Report on vaccination in Madras 1895-1903 - 1895-1903
Year: 1895
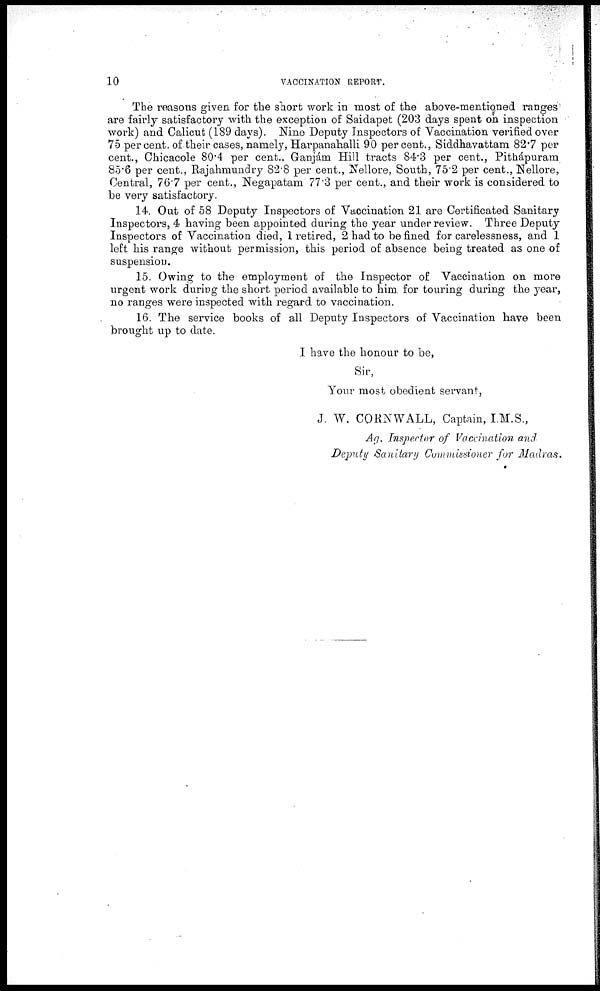
10
VACCINATION REPORT.
The reasons given for the short work in most of the above-mentioned ranges
are fairly satisfactory with the exception of Saidapet (203 days spent on inspection
work) and Calicut (189 days). Nine Deputy Inspectors of Vaccination verified over
75 per cent. of their cases, namely, Harpanahalli 90 per cent., Siddhavattam 82.7 per
cent., Chicacole 80.4 per cent., Ganjám Hill tracts 84.3 per cent., Pithápuram
85.6 per cent., Rajahmundry 82.8 per cent., Nellore, South, 75.2 per cent., Nellore,
Central, 76.7 per cent., Negapatam 77.3 per cent., and their work is considered to
be very satisfactory.
14. Out of 58 Deputy Inspectors of Vaccination 21 are Certificated Sanitary
Inspectors, 4 having been appointed during the year under review. Three Deputy
Inspectors of Vaccination died, 1 retired, 2 had to be fined for carelessness, and 1
left his range without permission, this period of absence being treated as one of
suspension.
15. Owing to the employment of the Inspector of Vaccination on more
urgent work during the short period available to him for touring during the year,
no ranges were inspected with regard to vaccination.
16. The service books of all Deputy Inspectors of Vaccination have been
brought up to date.
I have the honour to be,
Sir,
Your most obedient servant,
J. W. CORNWALL, Captain, I.M.S.,
Ag. Inspector of Vaccination and
Deputy Sanitary Commissioner for Madras.